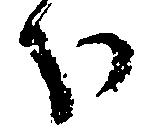
分